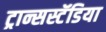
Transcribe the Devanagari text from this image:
ट्रान्सस्टॅडिया